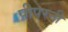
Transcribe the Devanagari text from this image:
पीपरनी